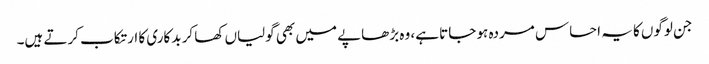
جن لوگوں کا یہ احساس مردہ ہو جاتا ہے، وہ بڑھاپے میں بھی گولیاں کھا کر بدکاری کا ارتکاب کرتے ہیں۔